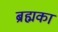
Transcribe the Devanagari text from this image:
ब्रह्मका